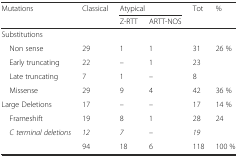
| <ROWSPAN=2> Mutations | Classical | <COLSPAN=2> Atypical | Tot | % |
 |  | Z-RTT | ARTT-NOS |  |  |
 | --- | --- | --- | --- | --- | --- |
 | Substitutions |  |  |  |  |  |
 | Non sense | 29 | 1 | 1 | 31 | 26 % |
 | Early truncating | 22 | – | 1 | 23 |  |
 | Late truncating | 7 | 1 | – | 8 |  |
 | Missense | 29 | 9 | 4 | 42 | 36 % |
 | Large Deletions | 17 | – | – | 17 | 14 % |
 | Frameshift | 19 | 8 | 1 | 28 | 24 |
 | C terminal deletions | 12 | 7 | – | 19 |  |
 |  | 94 | 18 | 6 | 118 | 100 % |